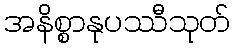
အနိစ္စာနုပဿီသုတ်